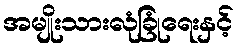
အမျိုးသားလုံခြုံရေးနှင့်